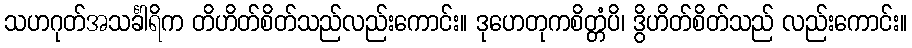
သဟဂုတ်အသင်္ခါရိက တိဟိတ်စိတ်သည်လည်းကောင်း။ ဒုဟေတုကစိတ္တံပိ၊ ဒွိဟိတ်စိတ်သည် လည်းကောင်း။